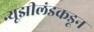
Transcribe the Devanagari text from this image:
न्यूझीलंडकडून